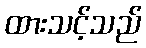
ထားသင့်သည်